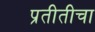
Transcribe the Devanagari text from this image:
प्रतीतीचा